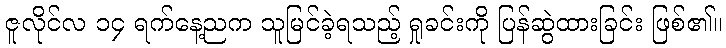
ဇူလိုင်လ ၁၄ ရက်နေ့ညက သူမြင်ခဲ့ရသည့် ရှုခင်းကို ပြန်ဆွဲထားခြင်း ဖြစ်၏။